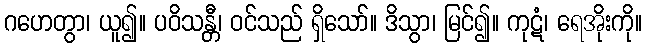
ဂဟေတွာ၊ ယူ၍။ ပဝိသန္တီ၊ ဝင်သည် ရှိသော်။ ဒိသွာ၊ မြင်၍။ ကုဋံ၊ ရေအိုးကို။